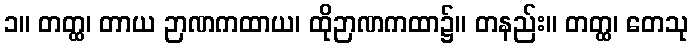
၁။ တတ္ထ၊ တာယ ဉာဏကထာယ၊ ထိုဉာဏကထာ၌။ တနည်း။ တတ္ထ၊ တေသု